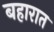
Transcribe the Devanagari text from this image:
बहारात